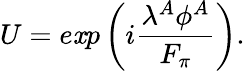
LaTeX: U=e\mathit{x}p\left(i{\frac{{\lambda^{A}\phi^{A}}}{{F_{\pi}}}}\right).